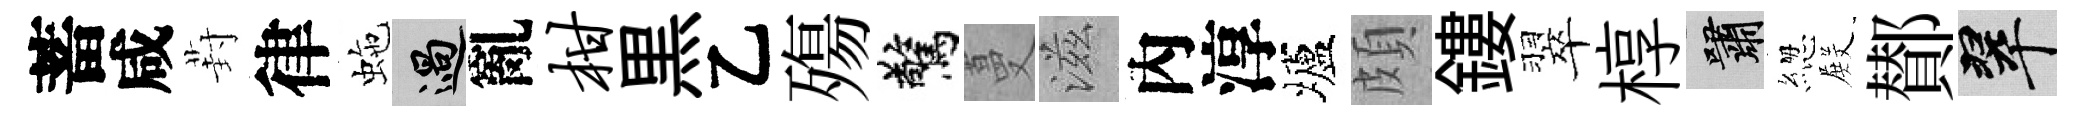
蓄咸葑律虵過亂柑黒乙殤驚蔓滋內淳壚頗鏤翠椁嘯緫𭮺鄼翠